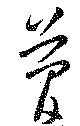
管